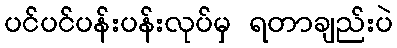
ပင်ပင်ပန်းပန်းလုပ်မှ ရတာချည်းပဲ